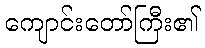
ကျောင်းတော်ကြီး၏